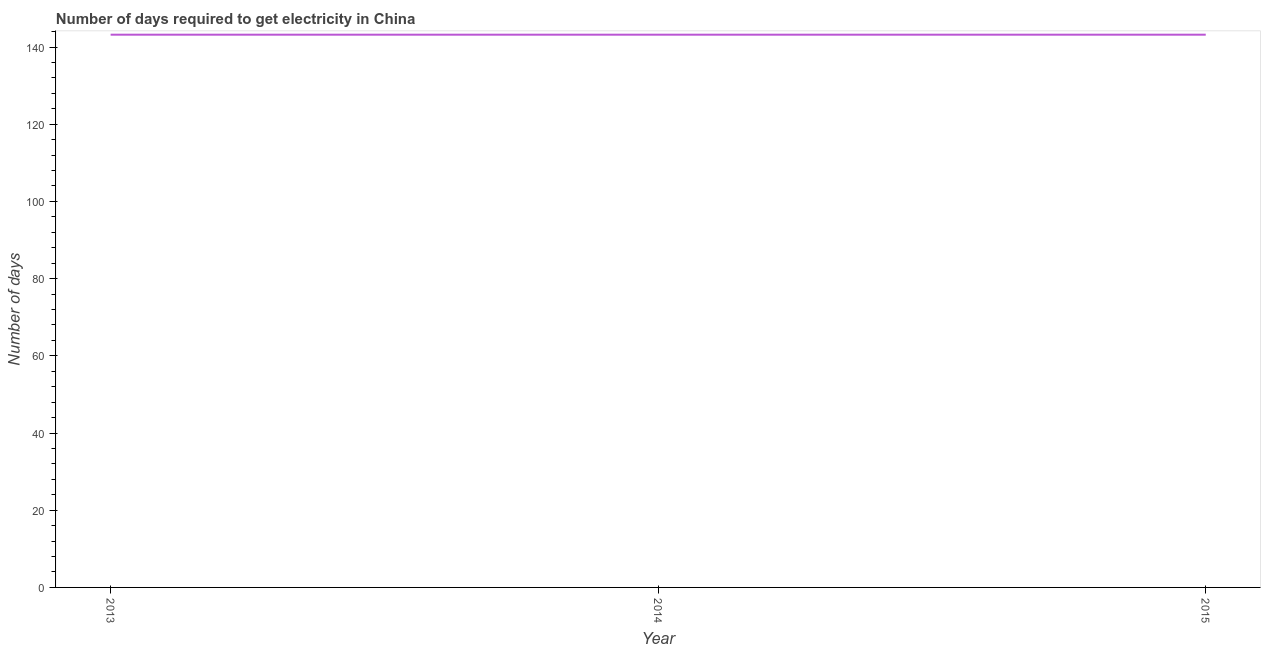
| Year | Time to get electricity |
 | --- | --- |
 | 2013 | 143 |
 | 2014 | 143 |
 | 2015 | 143 |